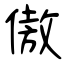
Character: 傲